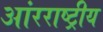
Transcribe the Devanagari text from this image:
आंरराष्ट्रीय